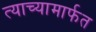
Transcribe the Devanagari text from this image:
त्याच्यामार्फत